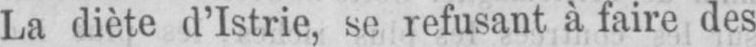
La diète d’Istrie, se refusant à faire des